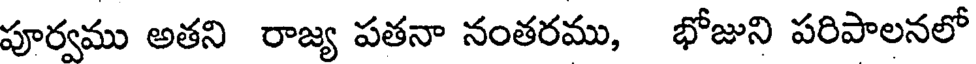
పూర్వము అతని రాజ్య పతనా నంతరము, భోజుని పరిపాలనలో